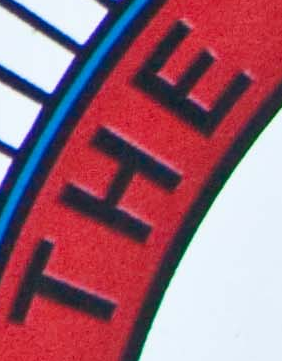
THE